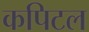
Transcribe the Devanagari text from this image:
कपिटल